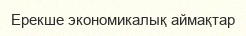
Ерекше экономикалық аймақтар